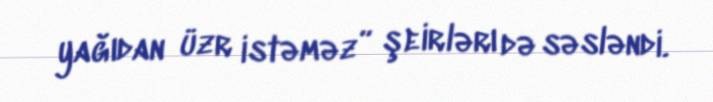
yağıdan üzr istəməz” şeirlərı də səsləndi.